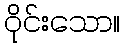
ဝိုင်းသော။